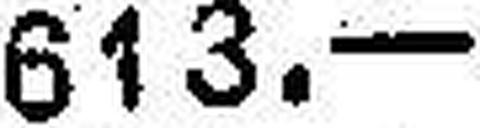
613.—